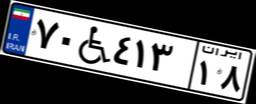
۷۹W۹۴۵۷۴